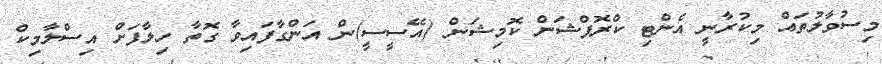
މިސުވާލުތައް މިކުރާނީ އެންޓި ކްރޮޕްޝަން ކޮމިޝަން (އޭސީސީ)ން އަންގާފައިވާ ގޮތާ ހިލާފަށް އިސްލާމިކް